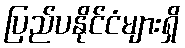
ပြည်ပနိုင်ငံများရှိ